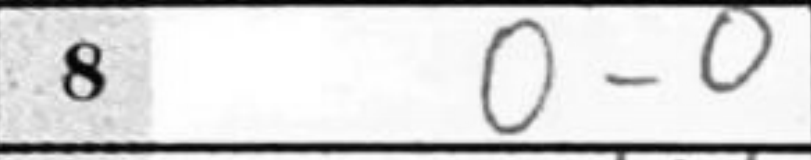
Transcription: O-O